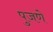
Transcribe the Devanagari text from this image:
पुजणे